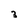
Character: 3